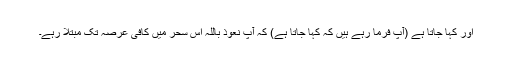
اور کہا جاتا ہے (آپؓ فرما رہے ہیں کہ کہا جاتا ہے) کہ آپؐ نعوذ باللہ اس سحر میں کافی عرصہ تک مبتلا رہے۔